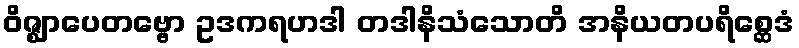
ဝိဇ္ဈာပေတဗ္ဗော ဥဒကရဟဒါ တဒါနိသံသောတိ အနိယတပရိစ္ဆေဒံ